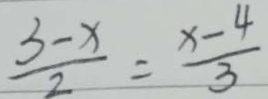
\frac { 3 - x } { 2 } = \frac { x - 4 } { 3 }